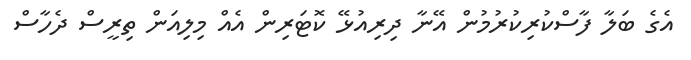
އެގެ ބަލާ ފާސްކުރިކުރުމުން އޭނާ ދިރިއުޅޭ ކޮޓަރިން އެއް މިލިއަން ތިރީސް ދެހާސް